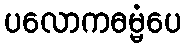
ပလောကဓမ္မံပေ